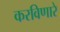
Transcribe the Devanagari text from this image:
करविणारे